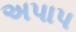
અપાપ